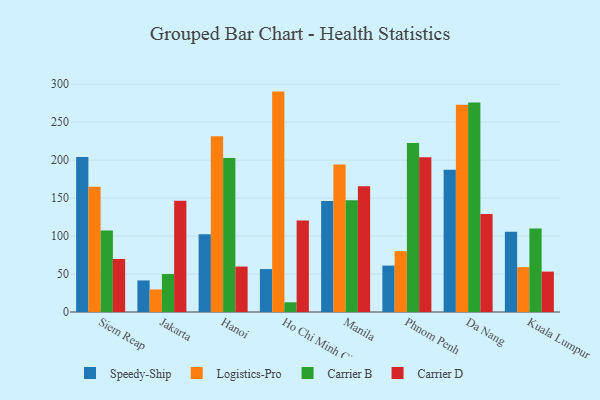
{"axis": {"x": "City", "y": "Energy Usage (MWh)"}, "legend": ["Carrier B", "Carrier D", "Logistics-Pro", "Speedy-Ship"], "data": [{"x": "Siem Reap", "y": 204.2, "type": "Speedy-Ship"}, {"x": "Siem Reap", "y": 164.8, "type": "Logistics-Pro"}, {"x": "Siem Reap", "y": 107.4, "type": "Carrier B"}, {"x": "Siem Reap", "y": 69.8, "type": "Carrier D"}, {"x": "Jakarta", "y": 41.6, "type": "Speedy-Ship"}, {"x": "Jakarta", "y": 29.7, "type": "Logistics-Pro"}, {"x": "Jakarta", "y": 50.0, "type": "Carrier B"}, {"x": "Jakarta", "y": 146.4, "type": "Carrier D"}, {"x": "Hanoi", "y": 102.3, "type": "Speedy-Ship"}, {"x": "Hanoi", "y": 231.4, "type": "Logistics-Pro"}, {"x": "Hanoi", "y": 202.8, "type": "Carrier B"}, {"x": "Hanoi", "y": 59.8, "type": "Carrier D"}, {"x": "Ho Chi Minh City", "y": 56.5, "type": "Speedy-Ship"}, {"x": "Ho Chi Minh City", "y": 290.2, "type": "Logistics-Pro"}, {"x": "Ho Chi Minh City", "y": 12.8, "type": "Carrier B"}, {"x": "Ho Chi Minh City", "y": 120.4, "type": "Carrier D"}, {"x": "Manila", "y": 146.0, "type": "Speedy-Ship"}, {"x": "Manila", "y": 194.1, "type": "Logistics-Pro"}, {"x": "Manila", "y": 147.3, "type": "Carrier B"}, {"x": "Manila", "y": 165.6, "type": "Carrier D"}, {"x": "Phnom Penh", "y": 61.1, "type": "Speedy-Ship"}, {"x": "Phnom Penh", "y": 80.1, "type": "Logistics-Pro"}, {"x": "Phnom Penh", "y": 222.5, "type": "Carrier B"}, {"x": "Phnom Penh", "y": 203.9, "type": "Carrier D"}, {"x": "Da Nang", "y": 187.3, "type": "Speedy-Ship"}, {"x": "Da Nang", "y": 272.8, "type": "Logistics-Pro"}, {"x": "Da Nang", "y": 275.8, "type": "Carrier B"}, {"x": "Da Nang", "y": 129.0, "type": "Carrier D"}, {"x": "Kuala Lumpur", "y": 105.8, "type": "Speedy-Ship"}, {"x": "Kuala Lumpur", "y": 59.0, "type": "Logistics-Pro"}, {"x": "Kuala Lumpur", "y": 110.0, "type": "Carrier B"}, {"x": "Kuala Lumpur", "y": 53.2, "type": "Carrier D"}]}